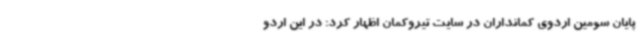
پایان سومین اردوی کمانداران در سایت تیروکمان اظهار کرد: در این اردو